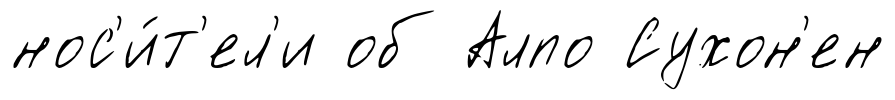
нос'и́т'ел'и об Алпо Сухон'ен